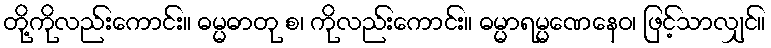
တို့ကိုလည်းကောင်း။ ဓမ္မဓာတု စ၊ ကိုလည်းကောင်း။ ဓမ္မာရမ္မဏေနေဝ၊ ဖြင့်သာလျှင်။